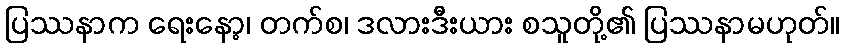
ပြဿနာက ရေးနော့၊ တက်စ၊ ဒလားဒီးယား စသူတို့၏ ပြဿနာမဟုတ်။